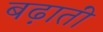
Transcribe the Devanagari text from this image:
बढ़ातीं